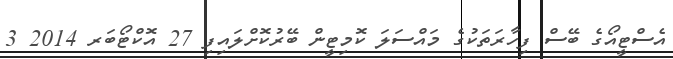
އެސްޓީއޯގެ ބޭސް ފިހާރަތަކުގެ މައްސަލަ ކޮމިޓީން ބޭރުކޮށްލައިފި 27 އޮކްޓޯބަރ 2014 3